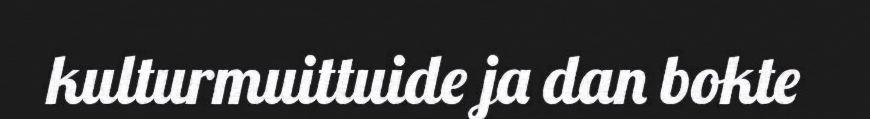
kulturmuittuide ja dan bokte